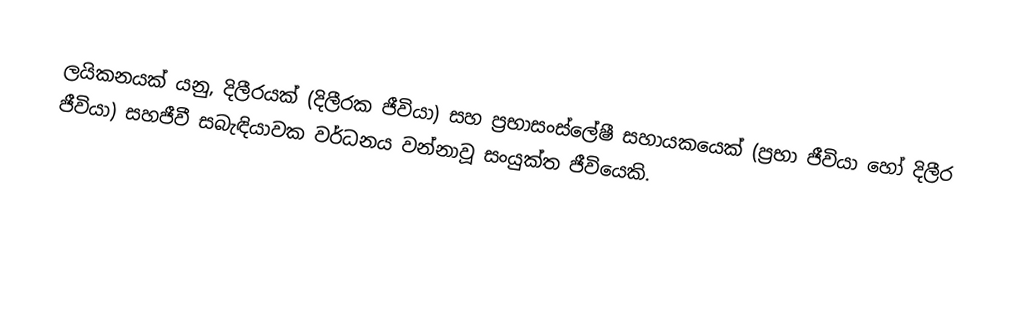
ලයිකනයක් යනු,  දිලීරයක් (දිලීරක ජීවියා) සහ ප්‍රභාසංස්ලේෂී සහායකයෙක් (ප්‍රභා ජීවියා හෝ දිලීර ජීවියා)  සහජීවී සබැඳියාවක වර්ධනය වන්නාවූ සංයුක්ත ජීවියෙකි.